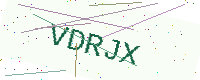
Text: VDRJX